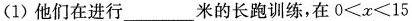
(1)他们在进行___米的长跑训练，在$$0 < x < 1 5$$